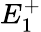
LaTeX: E_{1}^{+}